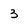
Character: 3